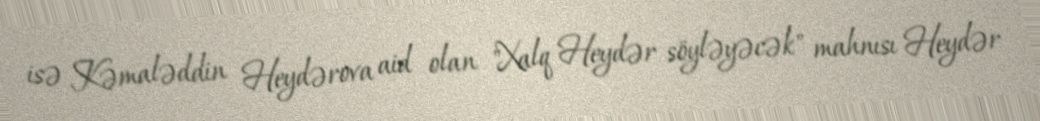
isə Kəmaləddin Heydərova aid olan "Xalq Heydər söyləyəcək" mahnısı Heydər